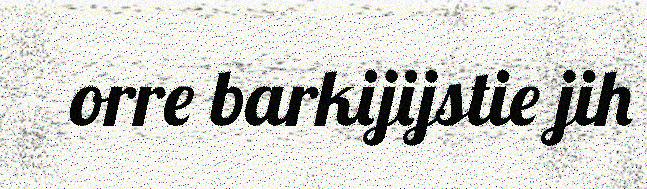
orre barkijijstie jih